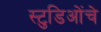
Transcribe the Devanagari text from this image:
स्टुडिओंचे